Vaccine operations Central Provinces 1868-1885 - 1868-1885
Year: 1868
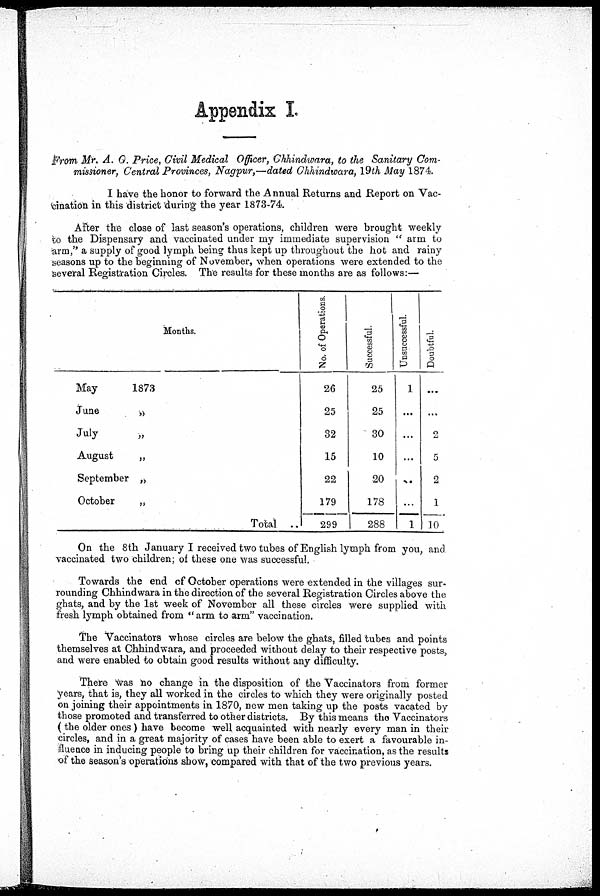
Appendix I.
From Mr. A. G. Price, Civil Medical Officer, Chhindwara, to the Sanitary Com-
missioner, Central Provinces, Nagpur,—dated Chhindwara, 19 th May 1874
I have the honor to forward the Annual Returns and Report on Vac-
cination in this district during the year 1873-74.
After the close of last season's operations, children were brought weekly
to the Dispensary and vaccinated under my immediate supervision " arm to
arm," a supply of good lymph being thus kept up throughout the hot and rainy
seasons up to the beginning of November, when operations were extended to the
several Registration Circles. The results for these months are as follows:—
Months.
May
1873
June
„
July
„
August
„
September „
October
„
Total ..
No. of Operations.
26
25
32
15
22
179
299
Successful
25
25
30
10
20
178
288
Unsuccessful.
1
...
...
...
...
...
1
Doubtful.
...
...
2
5
2
1
10
On the 8th January I received two tubes of English lymph from you, and
vaccinated two children; of these one was successful.
Towards the end of October operations were extended in the villages sur-
rounding Chhindwara in the direction of the several Registration Circles above the
ghats, and by the 1st week of November all these circles were supplied with
fresh lymph obtained from "arm to arm" vaccination.
The Vaccinators whose circles are below the ghats, filled tubes and points
themselves at Chhindwara, and proceeded without delay to their respective posts,
and were enabled to obtain good results without any difficulty.
There was no change in the disposition of the Vaccinators from former
years, that is, they all worked in the circles to which they were originally posted
on joining their appointments in 1870, new men taking up the posts vacated by
those promoted and transferred to other districts. By this means the Vaccinators
(the older ones) have become well acquainted with nearly every man in their
circles, and in a great majority of cases have been able to exert a favourable in-
fluence in inducing people to bring up their children for vaccination, as the results
of the season's operations show, compared with that of the two previous years.